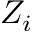
Z _ { i }